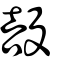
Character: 嗀